65_HS1-834228961_62-HQ-83894_Section_7
Agency: FBI
Page 17
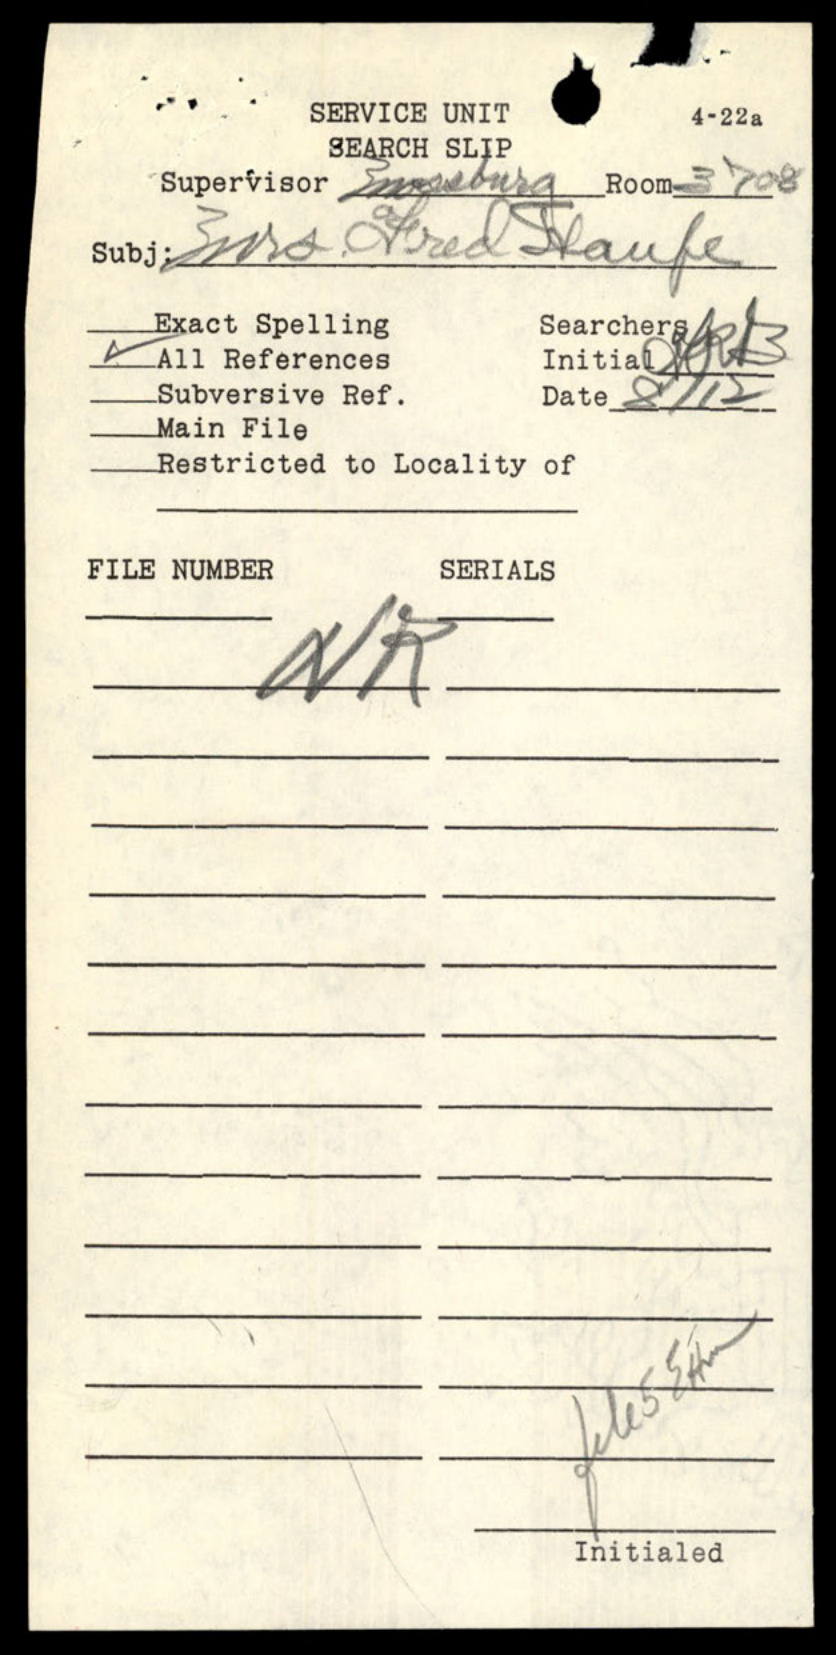